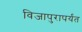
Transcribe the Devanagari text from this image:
विजापुरापर्यंत